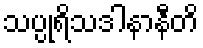
သပ္ပုရိသဒါနာနီတိ